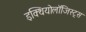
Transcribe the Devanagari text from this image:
इक्थियोलॉजिस्ट्स